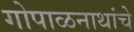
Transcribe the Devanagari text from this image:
गोपाळनाथांचे